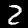
Digit: 2